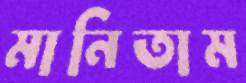
মানিতাম